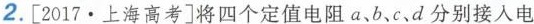
2.[2017.上海高考]将四个定值电阻a、b、c、d分别接入电